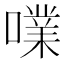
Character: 㗼